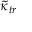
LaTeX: { \tilde { \kappa } } _ { t r }